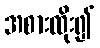
အစားထိုး၍